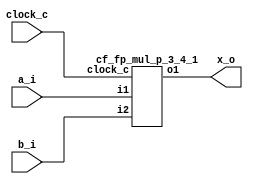

module cf_fp_mul_p_3_4 (clock_c, a_i, b_i, x_o);
input  clock_c;
input  [7:0] a_i;
input  [7:0] b_i;
output [7:0] x_o;
wire   [7:0] n1;
cf_fp_mul_p_3_4_1 s1 (clock_c, a_i, b_i, n1);
assign x_o = n1;
endmodule

module cf_fp_mul_p_3_4_1 (clock_c, i1, i2, o1);
input  clock_c;
input  [7:0] i1;
input  [7:0] i2;
output [7:0] o1;
wire   n1;
wire   n2;
wire   [7:0] s3_1;
assign n1 = 1'b1;
assign n2 = 1'b0;
cf_fp_mul_p_3_4_2 s3 (clock_c, n1, n2, i1, i2, s3_1);
assign o1 = s3_1;
endmodule

module cf_fp_mul_p_3_4_2 (clock_c, i1, i2, i3, i4, o1);
input  clock_c;
input  i1;
input  i2;
input  [7:0] i3;
input  [7:0] i4;
output [7:0] o1;
reg    [7:0] n1;
reg    [7:0] n2;
reg    n3;
reg    n4;
reg    n5;
reg    n6;
reg    n7;
reg    [3:0] n8;
reg    [9:0] n9;
wire   n10;
wire   [3:0] n11;
wire   [3:0] n12;
wire   [3:0] n13;
wire   [8:0] n14;
wire   [8:0] n15;
wire   [8:0] n16;
reg    n17;
reg    n18;
reg    n19;
reg    n20;
reg    n21;
reg    [3:0] n22;
reg    [8:0] n23;
reg    [7:0] n24;
wire   s25_1;
wire   s25_2;
wire   s25_3;
wire   s25_4;
wire   s25_5;
wire   [3:0] s25_6;
wire   [9:0] s25_7;
wire   [7:0] s26_1;
wire   s27_1;
wire   s27_2;
wire   s27_3;
wire   s27_4;
wire   s27_5;
wire   [3:0] s27_6;
wire   [4:0] s27_7;
initial n1 = 8'b00000000;
always @ (posedge clock_c)
  if (i2 == 1'b1)
    n1 <= 8'b00000000;
  else if (i1 == 1'b1)
    n1 <= i3;
initial n2 = 8'b00000000;
always @ (posedge clock_c)
  if (i2 == 1'b1)
    n2 <= 8'b00000000;
  else if (i1 == 1'b1)
    n2 <= i4;
initial n3 = 1'b0;
always @ (posedge clock_c)
  if (i2 == 1'b1)
    n3 <= 1'b0;
  else if (i1 == 1'b1)
    n3 <= s25_1;
initial n4 = 1'b0;
always @ (posedge clock_c)
  if (i2 == 1'b1)
    n4 <= 1'b0;
  else if (i1 == 1'b1)
    n4 <= s25_2;
initial n5 = 1'b0;
always @ (posedge clock_c)
  if (i2 == 1'b1)
    n5 <= 1'b0;
  else if (i1 == 1'b1)
    n5 <= s25_3;
initial n6 = 1'b0;
always @ (posedge clock_c)
  if (i2 == 1'b1)
    n6 <= 1'b0;
  else if (i1 == 1'b1)
    n6 <= s25_4;
initial n7 = 1'b0;
always @ (posedge clock_c)
  if (i2 == 1'b1)
    n7 <= 1'b0;
  else if (i1 == 1'b1)
    n7 <= s25_5;
initial n8 = 4'b0000;
always @ (posedge clock_c)
  if (i2 == 1'b1)
    n8 <= 4'b0000;
  else if (i1 == 1'b1)
    n8 <= s25_6;
initial n9 = 10'b0000000000;
always @ (posedge clock_c)
  if (i2 == 1'b1)
    n9 <= 10'b0000000000;
  else if (i1 == 1'b1)
    n9 <= s25_7;
assign n10 = n9[9];
assign n11 = 4'b0001;
assign n12 = n8 + n11;
assign n13 = n10 ? n12 : n8;
assign n14 = {n9[9],
  n9[8],
  n9[7],
  n9[6],
  n9[5],
  n9[4],
  n9[3],
  n9[2],
  n9[1]};
assign n15 = {n9[8],
  n9[7],
  n9[6],
  n9[5],
  n9[4],
  n9[3],
  n9[2],
  n9[1],
  n9[0]};
assign n16 = n10 ? n14 : n15;
initial n17 = 1'b0;
always @ (posedge clock_c)
  if (i2 == 1'b1)
    n17 <= 1'b0;
  else if (i1 == 1'b1)
    n17 <= n3;
initial n18 = 1'b0;
always @ (posedge clock_c)
  if (i2 == 1'b1)
    n18 <= 1'b0;
  else if (i1 == 1'b1)
    n18 <= n4;
initial n19 = 1'b0;
always @ (posedge clock_c)
  if (i2 == 1'b1)
    n19 <= 1'b0;
  else if (i1 == 1'b1)
    n19 <= n5;
initial n20 = 1'b0;
always @ (posedge clock_c)
  if (i2 == 1'b1)
    n20 <= 1'b0;
  else if (i1 == 1'b1)
    n20 <= n6;
initial n21 = 1'b0;
always @ (posedge clock_c)
  if (i2 == 1'b1)
    n21 <= 1'b0;
  else if (i1 == 1'b1)
    n21 <= n7;
initial n22 = 4'b0000;
always @ (posedge clock_c)
  if (i2 == 1'b1)
    n22 <= 4'b0000;
  else if (i1 == 1'b1)
    n22 <= n13;
initial n23 = 9'b000000000;
always @ (posedge clock_c)
  if (i2 == 1'b1)
    n23 <= 9'b000000000;
  else if (i1 == 1'b1)
    n23 <= n16;
initial n24 = 8'b00000000;
always @ (posedge clock_c)
  if (i2 == 1'b1)
    n24 <= 8'b00000000;
  else if (i1 == 1'b1)
    n24 <= s26_1;
cf_fp_mul_p_3_4_18 s25 (n1, n2, s25_1, s25_2, s25_3, s25_4, s25_5, s25_6, s25_7);
cf_fp_mul_p_3_4_11 s26 (s27_1, s27_2, s27_3, s27_4, s27_5, s27_6, s27_7, s26_1);
cf_fp_mul_p_3_4_3 s27 (clock_c, i1, i2, n17, n18, n19, n20, n21, n22, n23, s27_1, s27_2, s27_3, s27_4, s27_5, s27_6, s27_7);
assign o1 = n24;
endmodule

module cf_fp_mul_p_3_4_3 (clock_c, i1, i2, i3, i4, i5, i6, i7, i8, i9, o1, o2, o3, o4, o5, o6, o7);
input  clock_c;
input  i1;
input  i2;
input  i3;
input  i4;
input  i5;
input  i6;
input  i7;
input  [3:0] i8;
input  [8:0] i9;
output o1;
output o2;
output o3;
output o4;
output o5;
output [3:0] o6;
output [4:0] o7;
reg    n1;
reg    n2;
reg    n3;
reg    n4;
reg    n5;
reg    [3:0] n6;
reg    [7:0] n7;
wire   [3:0] s8_1;
wire   [7:0] s8_2;
wire   s9_1;
wire   s9_2;
wire   s9_3;
wire   s9_4;
wire   s9_5;
wire   [3:0] s9_6;
wire   [4:0] s9_7;
initial n1 = 1'b0;
always @ (posedge clock_c)
  if (i2 == 1'b1)
    n1 <= 1'b0;
  else if (i1 == 1'b1)
    n1 <= i3;
initial n2 = 1'b0;
always @ (posedge clock_c)
  if (i2 == 1'b1)
    n2 <= 1'b0;
  else if (i1 == 1'b1)
    n2 <= i4;
initial n3 = 1'b0;
always @ (posedge clock_c)
  if (i2 == 1'b1)
    n3 <= 1'b0;
  else if (i1 == 1'b1)
    n3 <= i5;
initial n4 = 1'b0;
always @ (posedge clock_c)
  if (i2 == 1'b1)
    n4 <= 1'b0;
  else if (i1 == 1'b1)
    n4 <= i6;
initial n5 = 1'b0;
always @ (posedge clock_c)
  if (i2 == 1'b1)
    n5 <= 1'b0;
  else if (i1 == 1'b1)
    n5 <= i7;
initial n6 = 4'b0000;
always @ (posedge clock_c)
  if (i2 == 1'b1)
    n6 <= 4'b0000;
  else if (i1 == 1'b1)
    n6 <= s8_1;
initial n7 = 8'b00000000;
always @ (posedge clock_c)
  if (i2 == 1'b1)
    n7 <= 8'b00000000;
  else if (i1 == 1'b1)
    n7 <= s8_2;
cf_fp_mul_p_3_4_10 s8 (i8, i9, s8_1, s8_2);
cf_fp_mul_p_3_4_4 s9 (clock_c, i1, i2, n1, n2, n3, n4, n5, n6, n7, s9_1, s9_2, s9_3, s9_4, s9_5, s9_6, s9_7);
assign o7 = s9_7;
assign o6 = s9_6;
assign o5 = s9_5;
assign o4 = s9_4;
assign o3 = s9_3;
assign o2 = s9_2;
assign o1 = s9_1;
endmodule

module cf_fp_mul_p_3_4_4 (clock_c, i1, i2, i3, i4, i5, i6, i7, i8, i9, o1, o2, o3, o4, o5, o6, o7);
input  clock_c;
input  i1;
input  i2;
input  i3;
input  i4;
input  i5;
input  i6;
input  i7;
input  [3:0] i8;
input  [7:0] i9;
output o1;
output o2;
output o3;
output o4;
output o5;
output [3:0] o6;
output [4:0] o7;
reg    n1;
reg    n2;
reg    n3;
reg    n4;
reg    n5;
reg    [3:0] n6;
reg    [6:0] n7;
wire   [3:0] s8_1;
wire   [6:0] s8_2;
wire   s9_1;
wire   s9_2;
wire   s9_3;
wire   s9_4;
wire   s9_5;
wire   [3:0] s9_6;
wire   [4:0] s9_7;
initial n1 = 1'b0;
always @ (posedge clock_c)
  if (i2 == 1'b1)
    n1 <= 1'b0;
  else if (i1 == 1'b1)
    n1 <= i3;
initial n2 = 1'b0;
always @ (posedge clock_c)
  if (i2 == 1'b1)
    n2 <= 1'b0;
  else if (i1 == 1'b1)
    n2 <= i4;
initial n3 = 1'b0;
always @ (posedge clock_c)
  if (i2 == 1'b1)
    n3 <= 1'b0;
  else if (i1 == 1'b1)
    n3 <= i5;
initial n4 = 1'b0;
always @ (posedge clock_c)
  if (i2 == 1'b1)
    n4 <= 1'b0;
  else if (i1 == 1'b1)
    n4 <= i6;
initial n5 = 1'b0;
always @ (posedge clock_c)
  if (i2 == 1'b1)
    n5 <= 1'b0;
  else if (i1 == 1'b1)
    n5 <= i7;
initial n6 = 4'b0000;
always @ (posedge clock_c)
  if (i2 == 1'b1)
    n6 <= 4'b0000;
  else if (i1 == 1'b1)
    n6 <= s8_1;
initial n7 = 7'b0000000;
always @ (posedge clock_c)
  if (i2 == 1'b1)
    n7 <= 7'b0000000;
  else if (i1 == 1'b1)
    n7 <= s8_2;
cf_fp_mul_p_3_4_9 s8 (i8, i9, s8_1, s8_2);
cf_fp_mul_p_3_4_5 s9 (clock_c, i1, i2, n1, n2, n3, n4, n5, n6, n7, s9_1, s9_2, s9_3, s9_4, s9_5, s9_6, s9_7);
assign o7 = s9_7;
assign o6 = s9_6;
assign o5 = s9_5;
assign o4 = s9_4;
assign o3 = s9_3;
assign o2 = s9_2;
assign o1 = s9_1;
endmodule

module cf_fp_mul_p_3_4_5 (clock_c, i1, i2, i3, i4, i5, i6, i7, i8, i9, o1, o2, o3, o4, o5, o6, o7);
input  clock_c;
input  i1;
input  i2;
input  i3;
input  i4;
input  i5;
input  i6;
input  i7;
input  [3:0] i8;
input  [6:0] i9;
output o1;
output o2;
output o3;
output o4;
output o5;
output [3:0] o6;
output [4:0] o7;
reg    n1;
reg    n2;
reg    n3;
reg    n4;
reg    n5;
reg    [3:0] n6;
reg    [5:0] n7;
wire   [3:0] s8_1;
wire   [5:0] s8_2;
wire   s9_1;
wire   s9_2;
wire   s9_3;
wire   s9_4;
wire   s9_5;
wire   [3:0] s9_6;
wire   [4:0] s9_7;
initial n1 = 1'b0;
always @ (posedge clock_c)
  if (i2 == 1'b1)
    n1 <= 1'b0;
  else if (i1 == 1'b1)
    n1 <= i3;
initial n2 = 1'b0;
always @ (posedge clock_c)
  if (i2 == 1'b1)
    n2 <= 1'b0;
  else if (i1 == 1'b1)
    n2 <= i4;
initial n3 = 1'b0;
always @ (posedge clock_c)
  if (i2 == 1'b1)
    n3 <= 1'b0;
  else if (i1 == 1'b1)
    n3 <= i5;
initial n4 = 1'b0;
always @ (posedge clock_c)
  if (i2 == 1'b1)
    n4 <= 1'b0;
  else if (i1 == 1'b1)
    n4 <= i6;
initial n5 = 1'b0;
always @ (posedge clock_c)
  if (i2 == 1'b1)
    n5 <= 1'b0;
  else if (i1 == 1'b1)
    n5 <= i7;
initial n6 = 4'b0000;
always @ (posedge clock_c)
  if (i2 == 1'b1)
    n6 <= 4'b0000;
  else if (i1 == 1'b1)
    n6 <= s8_1;
initial n7 = 6'b000000;
always @ (posedge clock_c)
  if (i2 == 1'b1)
    n7 <= 6'b000000;
  else if (i1 == 1'b1)
    n7 <= s8_2;
cf_fp_mul_p_3_4_8 s8 (i8, i9, s8_1, s8_2);
cf_fp_mul_p_3_4_6 s9 (clock_c, i1, i2, n1, n2, n3, n4, n5, n6, n7, s9_1, s9_2, s9_3, s9_4, s9_5, s9_6, s9_7);
assign o7 = s9_7;
assign o6 = s9_6;
assign o5 = s9_5;
assign o4 = s9_4;
assign o3 = s9_3;
assign o2 = s9_2;
assign o1 = s9_1;
endmodule

module cf_fp_mul_p_3_4_6 (clock_c, i1, i2, i3, i4, i5, i6, i7, i8, i9, o1, o2, o3, o4, o5, o6, o7);
input  clock_c;
input  i1;
input  i2;
input  i3;
input  i4;
input  i5;
input  i6;
input  i7;
input  [3:0] i8;
input  [5:0] i9;
output o1;
output o2;
output o3;
output o4;
output o5;
output [3:0] o6;
output [4:0] o7;
reg    n1;
reg    n2;
reg    n3;
reg    n4;
reg    n5;
reg    [3:0] n6;
reg    [4:0] n7;
wire   [3:0] s8_1;
wire   [4:0] s8_2;
initial n1 = 1'b0;
always @ (posedge clock_c)
  if (i2 == 1'b1)
    n1 <= 1'b0;
  else if (i1 == 1'b1)
    n1 <= i3;
initial n2 = 1'b0;
always @ (posedge clock_c)
  if (i2 == 1'b1)
    n2 <= 1'b0;
  else if (i1 == 1'b1)
    n2 <= i4;
initial n3 = 1'b0;
always @ (posedge clock_c)
  if (i2 == 1'b1)
    n3 <= 1'b0;
  else if (i1 == 1'b1)
    n3 <= i5;
initial n4 = 1'b0;
always @ (posedge clock_c)
  if (i2 == 1'b1)
    n4 <= 1'b0;
  else if (i1 == 1'b1)
    n4 <= i6;
initial n5 = 1'b0;
always @ (posedge clock_c)
  if (i2 == 1'b1)
    n5 <= 1'b0;
  else if (i1 == 1'b1)
    n5 <= i7;
initial n6 = 4'b0000;
always @ (posedge clock_c)
  if (i2 == 1'b1)
    n6 <= 4'b0000;
  else if (i1 == 1'b1)
    n6 <= s8_1;
initial n7 = 5'b00000;
always @ (posedge clock_c)
  if (i2 == 1'b1)
    n7 <= 5'b00000;
  else if (i1 == 1'b1)
    n7 <= s8_2;
cf_fp_mul_p_3_4_7 s8 (i8, i9, s8_1, s8_2);
assign o7 = n7;
assign o6 = n6;
assign o5 = n5;
assign o4 = n4;
assign o3 = n3;
assign o2 = n2;
assign o1 = n1;
endmodule

module cf_fp_mul_p_3_4_7 (i1, i2, o1, o2);
input  [3:0] i1;
input  [5:0] i2;
output [3:0] o1;
output [4:0] o2;
wire   n1;
wire   n2;
wire   n3;
wire   [3:0] n4;
wire   [3:0] n5;
wire   [3:0] n6;
wire   [4:0] n7;
wire   [4:0] n8;
wire   [4:0] n9;
wire   s10_1;
assign n1 = i2[5];
assign n2 = n1 | s10_1;
assign n3 = ~n2;
assign n4 = 4'b0001;
assign n5 = i1 - n4;
assign n6 = n3 ? n5 : i1;
assign n7 = {i2[4],
  i2[3],
  i2[2],
  i2[1],
  i2[0]};
assign n8 = {i2[5],
  i2[4],
  i2[3],
  i2[2],
  i2[1]};
assign n9 = n3 ? n7 : n8;
cf_fp_mul_p_3_4_21 s10 (i1, s10_1);
assign o2 = n9;
assign o1 = n6;
endmodule

module cf_fp_mul_p_3_4_8 (i1, i2, o1, o2);
input  [3:0] i1;
input  [6:0] i2;
output [3:0] o1;
output [5:0] o2;
wire   n1;
wire   n2;
wire   n3;
wire   [3:0] n4;
wire   [3:0] n5;
wire   [3:0] n6;
wire   [5:0] n7;
wire   [5:0] n8;
wire   [5:0] n9;
wire   s10_1;
assign n1 = i2[6];
assign n2 = n1 | s10_1;
assign n3 = ~n2;
assign n4 = 4'b0001;
assign n5 = i1 - n4;
assign n6 = n3 ? n5 : i1;
assign n7 = {i2[5],
  i2[4],
  i2[3],
  i2[2],
  i2[1],
  i2[0]};
assign n8 = {i2[6],
  i2[5],
  i2[4],
  i2[3],
  i2[2],
  i2[1]};
assign n9 = n3 ? n7 : n8;
cf_fp_mul_p_3_4_21 s10 (i1, s10_1);
assign o2 = n9;
assign o1 = n6;
endmodule

module cf_fp_mul_p_3_4_9 (i1, i2, o1, o2);
input  [3:0] i1;
input  [7:0] i2;
output [3:0] o1;
output [6:0] o2;
wire   n1;
wire   n2;
wire   n3;
wire   [3:0] n4;
wire   [3:0] n5;
wire   [3:0] n6;
wire   [6:0] n7;
wire   [6:0] n8;
wire   [6:0] n9;
wire   s10_1;
assign n1 = i2[7];
assign n2 = n1 | s10_1;
assign n3 = ~n2;
assign n4 = 4'b0001;
assign n5 = i1 - n4;
assign n6 = n3 ? n5 : i1;
assign n7 = {i2[6],
  i2[5],
  i2[4],
  i2[3],
  i2[2],
  i2[1],
  i2[0]};
assign n8 = {i2[7],
  i2[6],
  i2[5],
  i2[4],
  i2[3],
  i2[2],
  i2[1]};
assign n9 = n3 ? n7 : n8;
cf_fp_mul_p_3_4_21 s10 (i1, s10_1);
assign o2 = n9;
assign o1 = n6;
endmodule

module cf_fp_mul_p_3_4_10 (i1, i2, o1, o2);
input  [3:0] i1;
input  [8:0] i2;
output [3:0] o1;
output [7:0] o2;
wire   n1;
wire   n2;
wire   n3;
wire   [3:0] n4;
wire   [3:0] n5;
wire   [3:0] n6;
wire   [7:0] n7;
wire   [7:0] n8;
wire   [7:0] n9;
wire   s10_1;
assign n1 = i2[8];
assign n2 = n1 | s10_1;
assign n3 = ~n2;
assign n4 = 4'b0001;
assign n5 = i1 - n4;
assign n6 = n3 ? n5 : i1;
assign n7 = {i2[7],
  i2[6],
  i2[5],
  i2[4],
  i2[3],
  i2[2],
  i2[1],
  i2[0]};
assign n8 = {i2[8],
  i2[7],
  i2[6],
  i2[5],
  i2[4],
  i2[3],
  i2[2],
  i2[1]};
assign n9 = n3 ? n7 : n8;
cf_fp_mul_p_3_4_21 s10 (i1, s10_1);
assign o2 = n9;
assign o1 = n6;
endmodule

module cf_fp_mul_p_3_4_11 (i1, i2, i3, i4, i5, i6, i7, o1);
input  i1;
input  i2;
input  i3;
input  i4;
input  i5;
input  [3:0] i6;
input  [4:0] i7;
output [7:0] o1;
wire   [2:0] n1;
wire   [3:0] n2;
wire   [6:0] n3;
wire   [6:0] n4;
wire   [1:0] n5;
wire   [2:0] n6;
wire   [3:0] n7;
wire   [2:0] n8;
wire   [2:0] n9;
wire   [2:0] n10;
wire   [2:0] n11;
wire   [2:0] n12;
wire   [7:0] n13;
wire   [6:0] n14;
wire   [6:0] n15;
wire   [6:0] n16;
wire   [2:0] s17_1;
wire   [6:0] s18_1;
assign n1 = {i6[2],
  i6[1],
  i6[0]};
assign n2 = {i7[3],
  i7[2],
  i7[1],
  i7[0]};
assign n3 = {n1, n2};
assign n4 = 7'b0000000;
assign n5 = {i3, i4};
assign n6 = {i2, n5};
assign n7 = {i1, n6};
assign n8 = 3'b000;
assign n9 = 3'b001;
assign n10 = 3'b010;
assign n11 = 3'b011;
assign n12 = 3'b100;
assign n13 = {i5, s18_1};
assign n14 = 7'b1110000;
assign n15 = 7'b1111111;
assign n16 = 7'b1110111;
cf_fp_mul_p_3_4_13 s17 (n7, n8, n9, n10, n11, n12, s17_1);
cf_fp_mul_p_3_4_12 s18 (n3, n4, s17_1, n14, n15, n16, s18_1);
assign o1 = n13;
endmodule

module cf_fp_mul_p_3_4_12 (i1, i2, i3, i4, i5, i6, o1);
input  [6:0] i1;
input  [6:0] i2;
input  [2:0] i3;
input  [6:0] i4;
input  [6:0] i5;
input  [6:0] i6;
output [6:0] o1;
wire   [1:0] n1;
wire   n2;
wire   [6:0] n3;
wire   [6:0] n4;
wire   n5;
wire   n6;
wire   [6:0] n7;
wire   n8;
wire   [6:0] n9;
assign n1 = {i3[2],
  i3[1]};
assign n2 = i3[0];
assign n3 = n2 ? i2 : i1;
assign n4 = n2 ? i5 : i4;
assign n5 = n1[1];
assign n6 = n1[0];
assign n7 = n6 ? n4 : n3;
assign n8 = n5;
assign n9 = n8 ? i6 : n7;
assign o1 = n9;
endmodule

module cf_fp_mul_p_3_4_13 (i1, i2, i3, i4, i5, i6, o1);
input  [3:0] i1;
input  [2:0] i2;
input  [2:0] i3;
input  [2:0] i4;
input  [2:0] i5;
input  [2:0] i6;
output [2:0] o1;
wire   [3:0] n1;
wire   n2;
wire   [3:0] n3;
wire   n4;
wire   [3:0] n5;
wire   n6;
wire   [2:0] n7;
wire   [2:0] n8;
wire   [2:0] n9;
wire   [2:0] s10_1;
assign n1 = 4'b1000;
assign n2 = i1 == n1;
assign n3 = 4'b1001;
assign n4 = i1 == n3;
assign n5 = 4'b1010;
assign n6 = i1 == n5;
assign n7 = n6 ? i6 : s10_1;
assign n8 = n4 ? i6 : n7;
assign n9 = n2 ? i6 : n8;
cf_fp_mul_p_3_4_14 s10 (i1, i2, i3, i4, i5, i6, s10_1);
assign o1 = n9;
endmodule

module cf_fp_mul_p_3_4_14 (i1, i2, i3, i4, i5, i6, o1);
input  [3:0] i1;
input  [2:0] i2;
input  [2:0] i3;
input  [2:0] i4;
input  [2:0] i5;
input  [2:0] i6;
output [2:0] o1;
wire   [3:0] n1;
wire   n2;
wire   [3:0] n3;
wire   n4;
wire   [3:0] n5;
wire   n6;
wire   [2:0] n7;
wire   [2:0] n8;
wire   [2:0] n9;
wire   [2:0] s10_1;
assign n1 = 4'b1011;
assign n2 = i1 == n1;
assign n3 = 4'b1100;
assign n4 = i1 == n3;
assign n5 = 4'b1101;
assign n6 = i1 == n5;
assign n7 = n6 ? i6 : s10_1;
assign n8 = n4 ? i6 : n7;
assign n9 = n2 ? i6 : n8;
cf_fp_mul_p_3_4_15 s10 (i1, i2, i3, i4, i5, i6, s10_1);
assign o1 = n9;
endmodule

module cf_fp_mul_p_3_4_15 (i1, i2, i3, i4, i5, i6, o1);
input  [3:0] i1;
input  [2:0] i2;
input  [2:0] i3;
input  [2:0] i4;
input  [2:0] i5;
input  [2:0] i6;
output [2:0] o1;
wire   [3:0] n1;
wire   n2;
wire   [3:0] n3;
wire   n4;
wire   [3:0] n5;
wire   n6;
wire   [2:0] n7;
wire   [2:0] n8;
wire   [2:0] n9;
wire   [2:0] s10_1;
assign n1 = 4'b1110;
assign n2 = i1 == n1;
assign n3 = 4'b1111;
assign n4 = i1 == n3;
assign n5 = 4'b0100;
assign n6 = i1 == n5;
assign n7 = n6 ? i5 : s10_1;
assign n8 = n4 ? i6 : n7;
assign n9 = n2 ? i6 : n8;
cf_fp_mul_p_3_4_16 s10 (i1, i2, i3, i4, i5, s10_1);
assign o1 = n9;
endmodule

module cf_fp_mul_p_3_4_16 (i1, i2, i3, i4, i5, o1);
input  [3:0] i1;
input  [2:0] i2;
input  [2:0] i3;
input  [2:0] i4;
input  [2:0] i5;
output [2:0] o1;
wire   [3:0] n1;
wire   n2;
wire   [3:0] n3;
wire   n4;
wire   [3:0] n5;
wire   n6;
wire   [2:0] n7;
wire   [2:0] n8;
wire   [2:0] n9;
wire   [2:0] s10_1;
assign n1 = 4'b0101;
assign n2 = i1 == n1;
assign n3 = 4'b0110;
assign n4 = i1 == n3;
assign n5 = 4'b0111;
assign n6 = i1 == n5;
assign n7 = n6 ? i5 : s10_1;
assign n8 = n4 ? i5 : n7;
assign n9 = n2 ? i5 : n8;
cf_fp_mul_p_3_4_17 s10 (i1, i2, i3, i4, s10_1);
assign o1 = n9;
endmodule

module cf_fp_mul_p_3_4_17 (i1, i2, i3, i4, o1);
input  [3:0] i1;
input  [2:0] i2;
input  [2:0] i3;
input  [2:0] i4;
output [2:0] o1;
wire   [3:0] n1;
wire   n2;
wire   [3:0] n3;
wire   n4;
wire   [3:0] n5;
wire   n6;
wire   [2:0] n7;
wire   [2:0] n8;
wire   [2:0] n9;
assign n1 = 4'b0010;
assign n2 = i1 == n1;
assign n3 = 4'b0011;
assign n4 = i1 == n3;
assign n5 = 4'b0001;
assign n6 = i1 == n5;
assign n7 = n6 ? i3 : i2;
assign n8 = n4 ? i4 : n7;
assign n9 = n2 ? i4 : n8;
assign o1 = n9;
endmodule

module cf_fp_mul_p_3_4_18 (i1, i2, o1, o2, o3, o4, o5, o6, o7);
input  [7:0] i1;
input  [7:0] i2;
output o1;
output o2;
output o3;
output o4;
output o5;
output [3:0] o6;
output [9:0] o7;
wire   n1;
wire   [2:0] n2;
wire   [3:0] n3;
wire   n4;
wire   [2:0] n5;
wire   [3:0] n6;
wire   n7;
wire   n8;
wire   n9;
wire   n10;
wire   n11;
wire   n12;
wire   n13;
wire   n14;
wire   n15;
wire   n16;
wire   [3:0] n17;
wire   n18;
wire   [3:0] n19;
wire   [3:0] n20;
wire   [3:0] n21;
wire   n22;
wire   [4:0] n23;
wire   n24;
wire   [4:0] n25;
wire   [9:0] n26;
wire   [3:0] n27;
wire   s28_1;
wire   s28_2;
wire   s28_3;
wire   s28_4;
wire   s28_5;
wire   s29_1;
wire   s29_2;
wire   s29_3;
wire   s29_4;
wire   s29_5;
assign n1 = i1[7];
assign n2 = {i1[6],
  i1[5],
  i1[4]};
assign n3 = {i1[3],
  i1[2],
  i1[1],
  i1[0]};
assign n4 = i2[7];
assign n5 = {i2[6],
  i2[5],
  i2[4]};
assign n6 = {i2[3],
  i2[2],
  i2[1],
  i2[0]};
assign n7 = s29_2 | s29_1;
assign n8 = s28_2 | s28_1;
assign n9 = n7 | n8;
assign n10 = s29_3 & s28_4;
assign n11 = s29_4 & s28_3;
assign n12 = n10 | n11;
assign n13 = s29_3 | s28_3;
assign n14 = s29_4 | s28_4;
assign n15 = n1 ^ n4;
assign n16 = 1'b0;
assign n17 = {n16, n2};
assign n18 = 1'b0;
assign n19 = {n18, n5};
assign n20 = n17 + n19;
assign n21 = n20 - n27;
assign n22 = ~s29_5;
assign n23 = {n22, n3};
assign n24 = ~s28_5;
assign n25 = {n24, n6};
assign n26 = {{5{1'b0}}, n23} * {{5{1'b0}}, n25};
assign n27 = 4'b0011;
cf_fp_mul_p_3_4_19 s28 (i2, s28_1, s28_2, s28_3, s28_4, s28_5);
cf_fp_mul_p_3_4_19 s29 (i1, s29_1, s29_2, s29_3, s29_4, s29_5);
assign o7 = n26;
assign o6 = n21;
assign o5 = n15;
assign o4 = n14;
assign o3 = n13;
assign o2 = n12;
assign o1 = n9;
endmodule

module cf_fp_mul_p_3_4_19 (i1, o1, o2, o3, o4, o5);
input  [7:0] i1;
output o1;
output o2;
output o3;
output o4;
output o5;
wire   [2:0] n1;
wire   [3:0] n2;
wire   n3;
wire   [1:0] n4;
wire   n5;
wire   n6;
wire   n7;
wire   n8;
wire   n9;
wire   n10;
wire   n11;
wire   n12;
wire   n13;
wire   n14;
wire   n15;
wire   n16;
wire   n17;
wire   n18;
wire   n19;
wire   n20;
wire   s21_1;
wire   s22_1;
assign n1 = {i1[6],
  i1[5],
  i1[4]};
assign n2 = {i1[3],
  i1[2],
  i1[1],
  i1[0]};
assign n3 = n1[2];
assign n4 = {n1[1],
  n1[0]};
assign n5 = n4[1];
assign n6 = n4[0];
assign n7 = n6;
assign n8 = n3 & n5;
assign n9 = n8 & n7;
assign n10 = n2[3];
assign n11 = n9 & n10;
assign n12 = n2[3];
assign n13 = ~n12;
assign n14 = n9 & n13;
assign n15 = ~s21_1;
assign n16 = n14 & n15;
assign n17 = n9 & s21_1;
assign n18 = s22_1 & s21_1;
assign n19 = ~s21_1;
assign n20 = s22_1 & n19;
cf_fp_mul_p_3_4_21 s21 (n2, s21_1);
cf_fp_mul_p_3_4_20 s22 (n1, s22_1);
assign o5 = n20;
assign o4 = n18;
assign o3 = n17;
assign o2 = n16;
assign o1 = n11;
endmodule

module cf_fp_mul_p_3_4_20 (i1, o1);
input  [2:0] i1;
output o1;
wire   n1;
wire   [1:0] n2;
wire   n3;
wire   n4;
wire   n5;
wire   n6;
wire   n7;
wire   n8;
assign n1 = i1[2];
assign n2 = {i1[1],
  i1[0]};
assign n3 = n2[1];
assign n4 = n2[0];
assign n5 = n4;
assign n6 = n1 | n3;
assign n7 = n6 | n5;
assign n8 = ~n7;
assign o1 = n8;
endmodule

module cf_fp_mul_p_3_4_21 (i1, o1);
input  [3:0] i1;
output o1;
wire   n1;
wire   [2:0] n2;
wire   n3;
wire   [1:0] n4;
wire   n5;
wire   n6;
wire   n7;
wire   n8;
wire   n9;
wire   n10;
wire   n11;
assign n1 = i1[3];
assign n2 = {i1[2],
  i1[1],
  i1[0]};
assign n3 = n2[2];
assign n4 = {n2[1],
  n2[0]};
assign n5 = n4[1];
assign n6 = n4[0];
assign n7 = n6;
assign n8 = n1 | n3;
assign n9 = n5 | n7;
assign n10 = n8 | n9;
assign n11 = ~n10;
assign o1 = n11;
endmodule